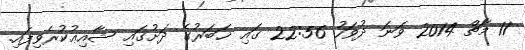
11 މާޗް 2014 ވަނަ ދުވަހު 22:56 ގައި ޚަބަރުގެ ދަށުގައި ޝާއިޢުކުރެވިފައި.